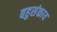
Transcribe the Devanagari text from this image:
बहुसंकाय